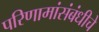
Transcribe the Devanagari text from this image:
परिणामांसंबंधीचे